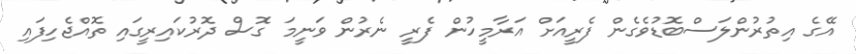
އޭގެ އިތުރުންލަސްބޮޑުވެގެން ފެރީއަށް އަރާމީހުން ފެރީ ނެރުން ވަނީމަ ގޮސް ދޮރުކައިރީގައި ތޮއްޖެހިފައި